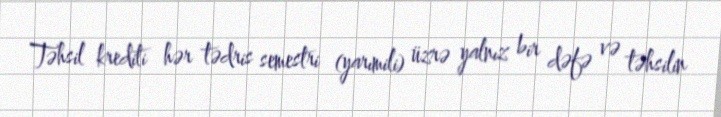
Təhsil krediti hər tədris semestri (yarımili) üzrə yalnız bir dəfə və təhsilin